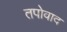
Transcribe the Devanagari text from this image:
तपोवाद